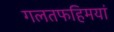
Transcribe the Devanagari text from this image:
गलतफहिमयां